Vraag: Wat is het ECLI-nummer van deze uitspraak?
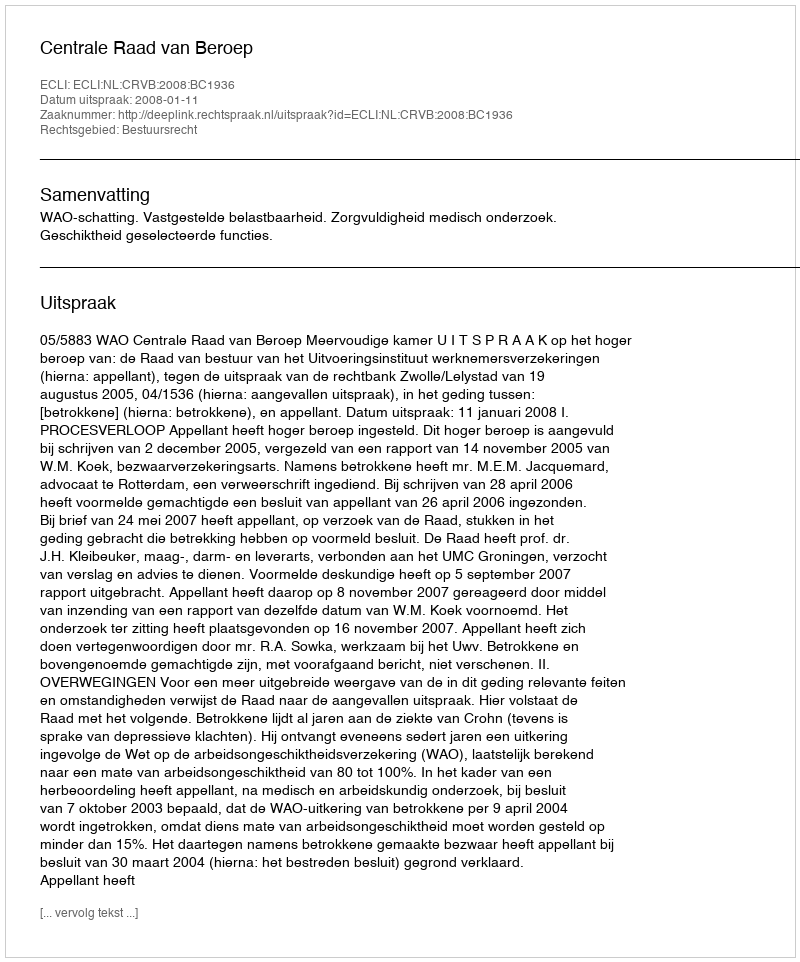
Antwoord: ECLI:NL:CRVB:2008:BC1936